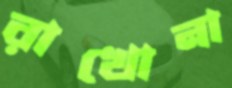
রাখোনা